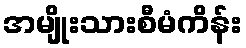
အမျိုးသားစီမံကိန်း